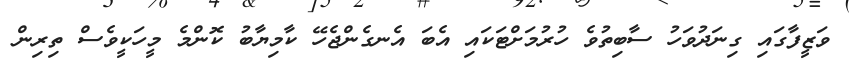
ވަޒީފާގައި ގިނަދުވަހު ސާބިތުވެ ހުރުމަށްޓަކައި އެބަ އެނގެންޖެހޭ ކާމިޔާބު ކޮންމެ މީހަކީވެސް ތިރިން